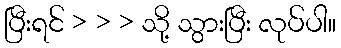
ပြီးရင် > > > သို့ သွားပြီး လုပ်ပါ။